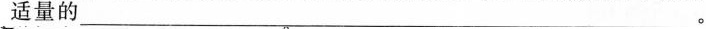
适量的___。